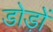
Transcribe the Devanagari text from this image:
डोड़ों